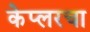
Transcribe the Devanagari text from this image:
केप्लरचा